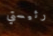
رئيستي